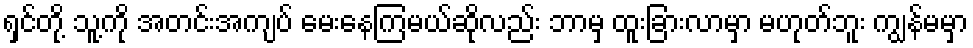
ရှင်တို့ သူ့ကို အတင်းအကျပ် မေးနေကြမယ်ဆိုလည်း ဘာမှ ထူးခြားလာမှာ မဟုတ်ဘူး ကျွန်မမှာ